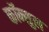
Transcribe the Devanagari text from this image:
कॉन्सुल